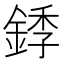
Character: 𬫥